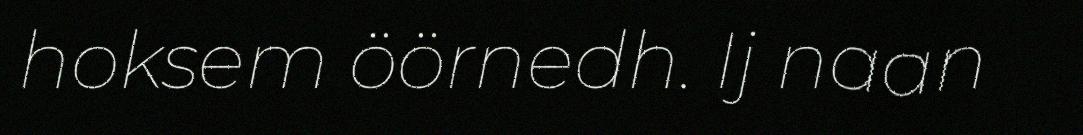
hoksem öörnedh. Ij naan